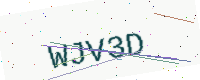
Text: WJV3D